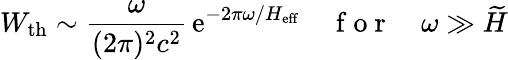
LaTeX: W_{\mathrm{th}}\sim\frac{\omega}{(2\pi)^{2}c^{2}}\, \mathrm{e}^{-2\pi\omega/H_{\mathrm{eff}}}\quad\mathrm{~f~o~r~}\quad\omega\gg\widetilde{H}